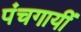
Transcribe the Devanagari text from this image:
पंचगायीं